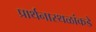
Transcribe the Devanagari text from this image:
प्रार्थनास्थळांकडे